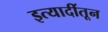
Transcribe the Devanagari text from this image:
इत्यादींतून